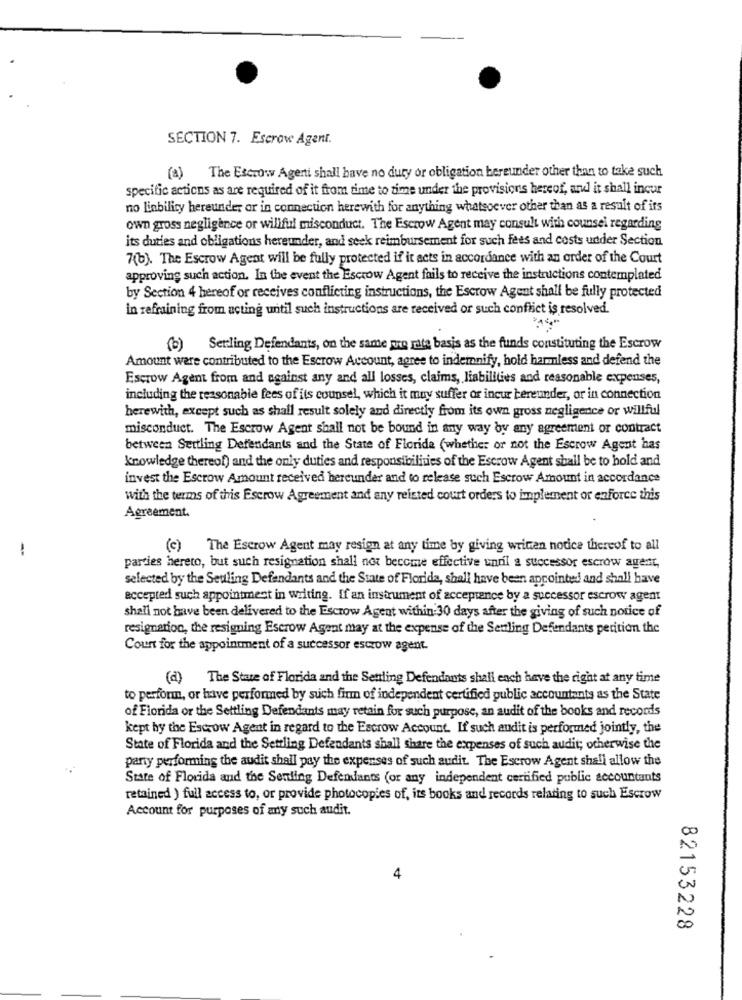
SECTION 7. Escrow Agent.
(4) The Escrow Agenti shall have no duty or obligation bereunder other than to take such
specific actions as are required of it from time to time under the provisions hereof, and it shall incur
no liability hereunder or in connection herewith for anything whatsoever other than as a result of its
own gross negligence or willful misconduct. The Escrow Agent may consult with counsel regarding
its duties and obligations hereunder, and seek reimbursement for such fees and costs under Section
7(b). The Escrow Agent will be fully protected if it acts in accordance with an order of the Court
approving such action. In the event the Escrow Agent fails to receive the instructions contemplated
by Section 4 hereof or receives conflicting instructions, the Escrow Agent shall be fully protected
in refraining from acting until such instructions are received or such conflict is resolved.
(b) Serling Defendants, on the same pro rata basis as the funds constituting the Escrow
Amount were contributed to the Escrow Account, agree to indemnify, hold hamless and defend the
Escrow Agent from and against any and all losses, claims, liabilities and reasonable expenses,
including the reasonable fees of its counsel, which it muy suffer or incur bereunder, or in connection
herewith, except such as shall result solely and directly from its own gross negligence or willful
misconduct. The Escrow Agent shall not be bound in any way by any agreement or contract
between Settling Defendants and the State of Florida (whether or not the Escrow Agent has
knowledge thereof) and the only duties and responsibilities of the Escrow Agent shall be to hold and
invest the Escrow Amount received hereunder and to release such Escrow Amount in accordance
with the terms of this Escrow Agreement and any related court orders to implement or enforce this
Agreement.
1
(c) The Escrow Agent may resign at any time by giving written notice thereof to all
parties hereto, but such resignation shall not become effective unnil a successor escrow agent,
selected by the Seuling Defendants and the State of Florida, shall have been appointed and shall have
accepted such appointment in writing. If an instrument of acceptance by a successor escrow agent
shall not have been delivered to the Escrow Agent within 30 days after the giving of such notice of
resignation, the resigning Escrow Agent may at the expense of the Senling Defendants perition the
Count for the appointment of a successor escrow agent.
(d) The State of Florida and the Settling Defendants shall each have the right at any time
to perform, or have performed by such firm of independent certified public accountants as the State
of Florida or the Settling Defendants may retain for such purpose, an audit of the books and records
kept by the Escrow Agent in regard to the Escrow Account. If such audit is performed jointly, the
State of Florida and the Settling Defendants shall share the expenses of such audit; otherwise the
pany performing the audit shall pay the expenses of such audit. The Escrow Agent shall allow the
State of Florida and the Senling Defendants (or any independent certified public accountants
retained ) full access to, or provide photocopies of, its books and records relating to such Escrow
Account for purposes of any such audit.
00
4
in
00
82153228